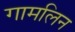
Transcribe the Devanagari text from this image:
गामलिन